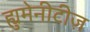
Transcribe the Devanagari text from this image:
ह्युमेनीटीज़